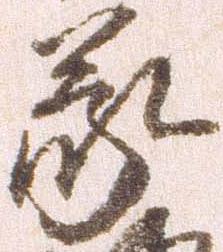
蒙